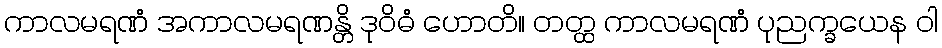
ကာလမရဏံ အကာလမရဏန္တိ ဒုဝိဓံ ဟောတိ။ တတ္ထ ကာလမရဏံ ပုညက္ခယေန ဝါ